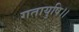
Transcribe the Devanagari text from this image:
गतायुषि।।